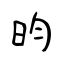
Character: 昀